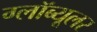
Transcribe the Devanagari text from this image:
ग्लॉब्यूलर